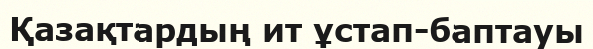
Қазақтардың ит ұстап-баптауы